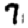
Digit: 7